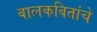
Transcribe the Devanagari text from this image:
बालकवितांचे